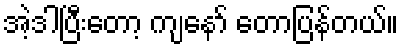
အဲ့ဒါပြီးတော့ ကျနော် တောပြန်တယ်။